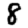
Digit: 8